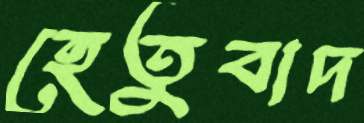
হেতুবাদ